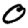
Digit: 0